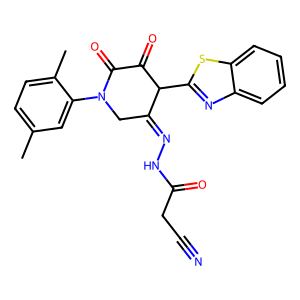
SMILES: Cc1ccc(C)c(N2CC(=NNC(=O)CC#N)C(c3nc4ccccc4s3)C(=O)C2=O)c1
Inhibits HIV replication: No